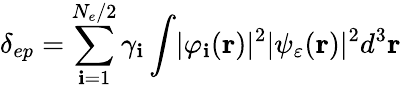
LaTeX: \delta_{ep}=\sum_{\mathbf{i}=1}^{N_{e}/2}\gamma_{\mathbf{i}}\int\lvert\varphi_{\mathbf{i}}(\mathbf{{r}})\rvert^{2}\lvert\psi_{\varepsilon}(\mathbf{{r}})\rvert^{2}d^{3}\mathbf{{r}}